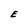
Character: E